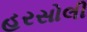
હરસોલી